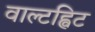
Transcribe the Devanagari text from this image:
वाल्टह्विट